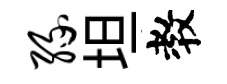
缘坦教